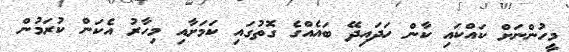
މީހުންނަށް ކައްކައި ކާން ހަދައިދޭ ބައެއްގެ ގޮތުގައި ކަމަށާއި މިހާރު އެކަން ކުރަމުން